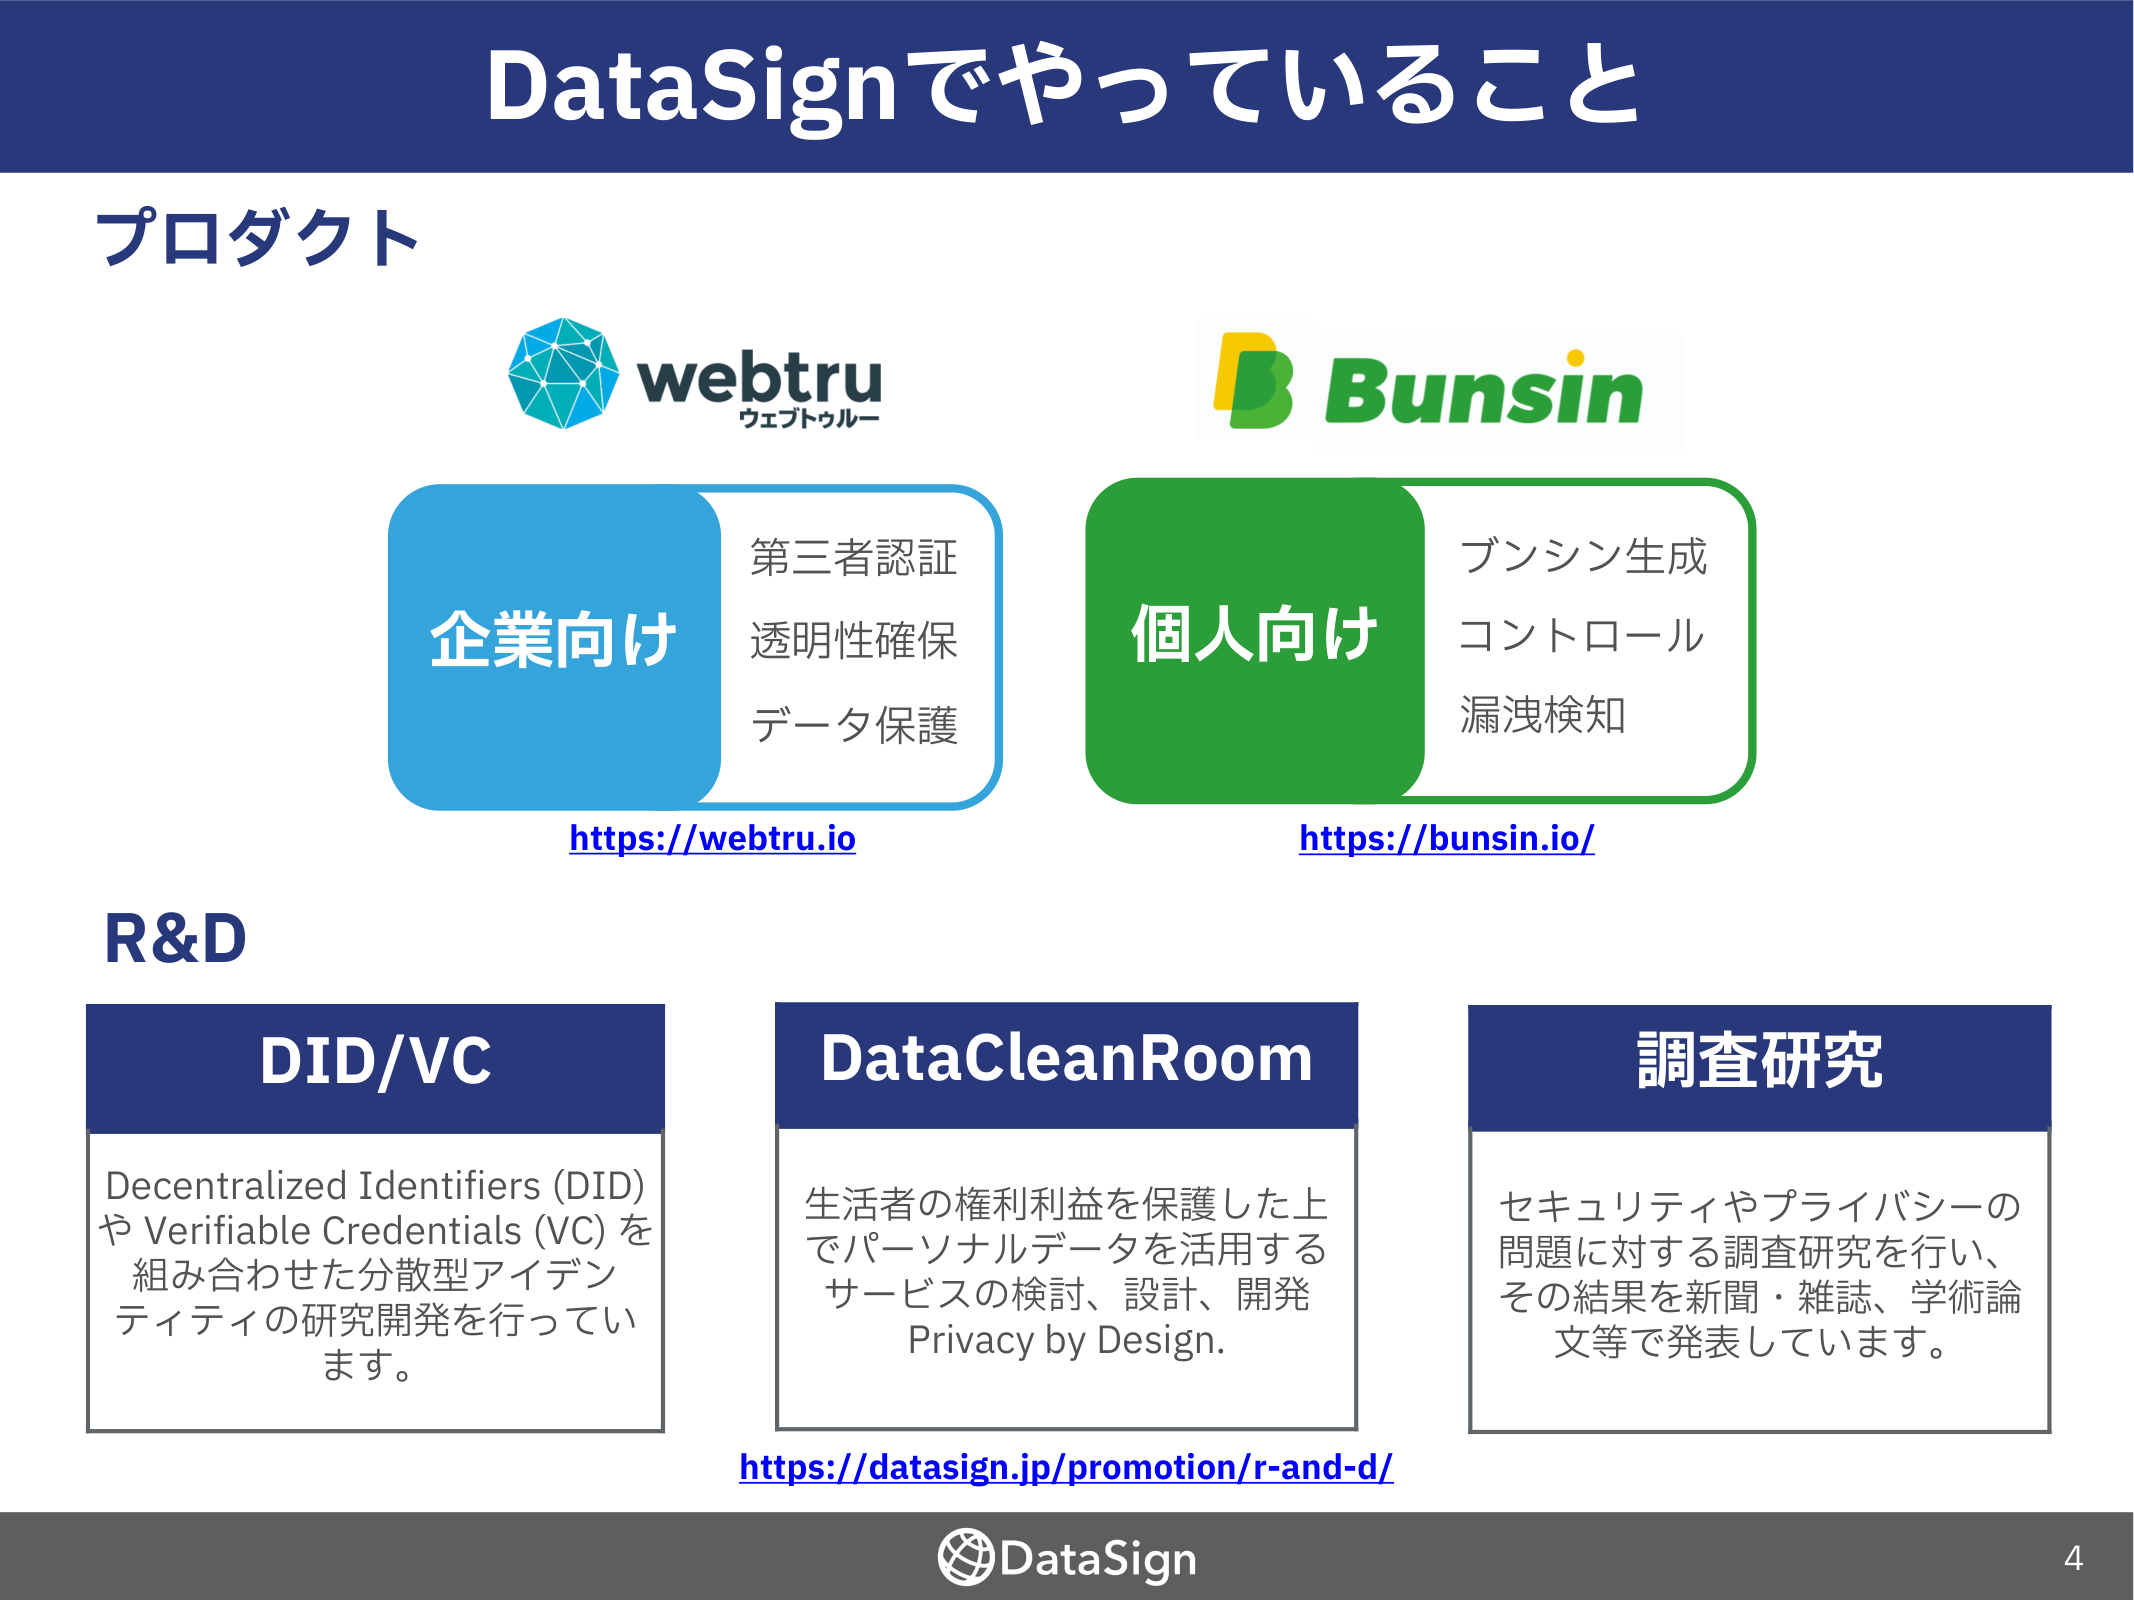
DataSignでやっていること

プロダクト

webtru
ウェブトゥルー

企業向け
第三者認証
透明性確保
データ保護
https://webtru.io

Bunsin

個人向け
ブンシン生成
コントロール
漏洩検知
https://bunsin.io/

R&D

DID/VC
Decentralized Identifiers (DID)
や Verifiable Credentials (VC) を
組み合わせた分散型アイデン
ティティの研究開発を行ってい
ます。

DataCleanRoom
生活者の権利利益を保護した上
でパーソナルデータを活用する
サービスの検討、設計、開発
Privacy by Design.

調査研究
セキュリティやプライバシーの
問題に対する調査研究を行い、
その結果を新聞・雑誌、学術論
文等で発表しています。

https://datasign.jp/promotion/r-and-d/

DataSign
4